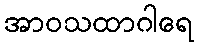
အာဝသထာဂါရေ